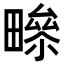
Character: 𤳑